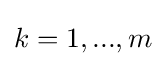
k=1,...,m